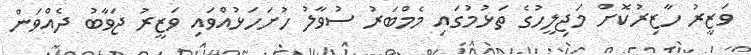
ވަޒީރު ހާޒިރުކޮށް މަޖިލީހުގެ ތަޅުމުގައި މެމްބަރު ސުވާލު ހުށަހަޅުއްވައި ވަޒީރު ޖަވާބު ދެއްވަން